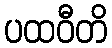
ပထဝီတိ